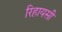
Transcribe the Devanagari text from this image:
रिहायसी